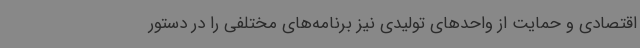
اقتصادی و حمایت از واحدهای تولیدی نیز برنامه‌های مختلفی را در دستور